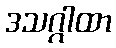
ဒသဂ္ဂါထာ